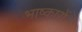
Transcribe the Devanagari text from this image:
भाष्कारों